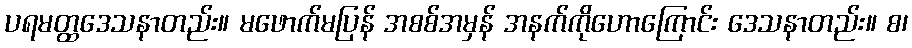
ပရမတ္ထဒေသနာတည်း။ မဖောက်မပြန် အစစ်အမှန် အနက်ကိုဟောကြောင်း ဒေသနာတည်း။ စ၊